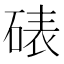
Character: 𪿦